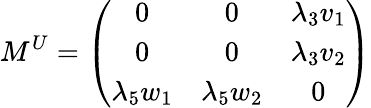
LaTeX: M^{U}=\left(\begin{array}{ccc}{{0}}&{{0}}&{{\lambda_{3}v_{1}}}\\ {{0}}&{{0}}&{{\lambda_{3}v_{2}}}\\ {{\lambda_{5}w_{1}}}&{{\lambda_{5}w_{2}}}&{{0}}\end{array}\right)